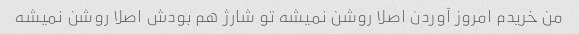
من خریدم امروز آوردن اصلا روشن نمیشه تو شارژ هم بودش اصلا روشن نمیشه